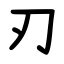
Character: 刃